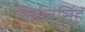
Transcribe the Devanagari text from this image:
निर्मलसिंह